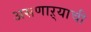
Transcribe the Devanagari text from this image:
असणाऱ्याची